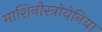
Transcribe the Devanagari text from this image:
माशिनोस्त्रोयेनिया